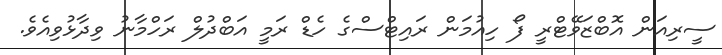
ސީރިއަން އޮބްޒަވޭޓްރީ ފޯ ހިއުމަން ރައިޓްސްގެ ހެޑް ރަމީ އަބްދުލް ރަހްމާނު ވިދާޅުވިއެވެ.